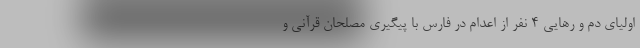
اولیای دم و رهایی ۴ نفر از اعدام در فارس با پیگیری مصلحان قرآنی و